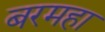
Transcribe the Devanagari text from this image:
बरमहा